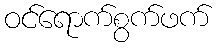
ဝင်ရောက်စွက်ဖက်